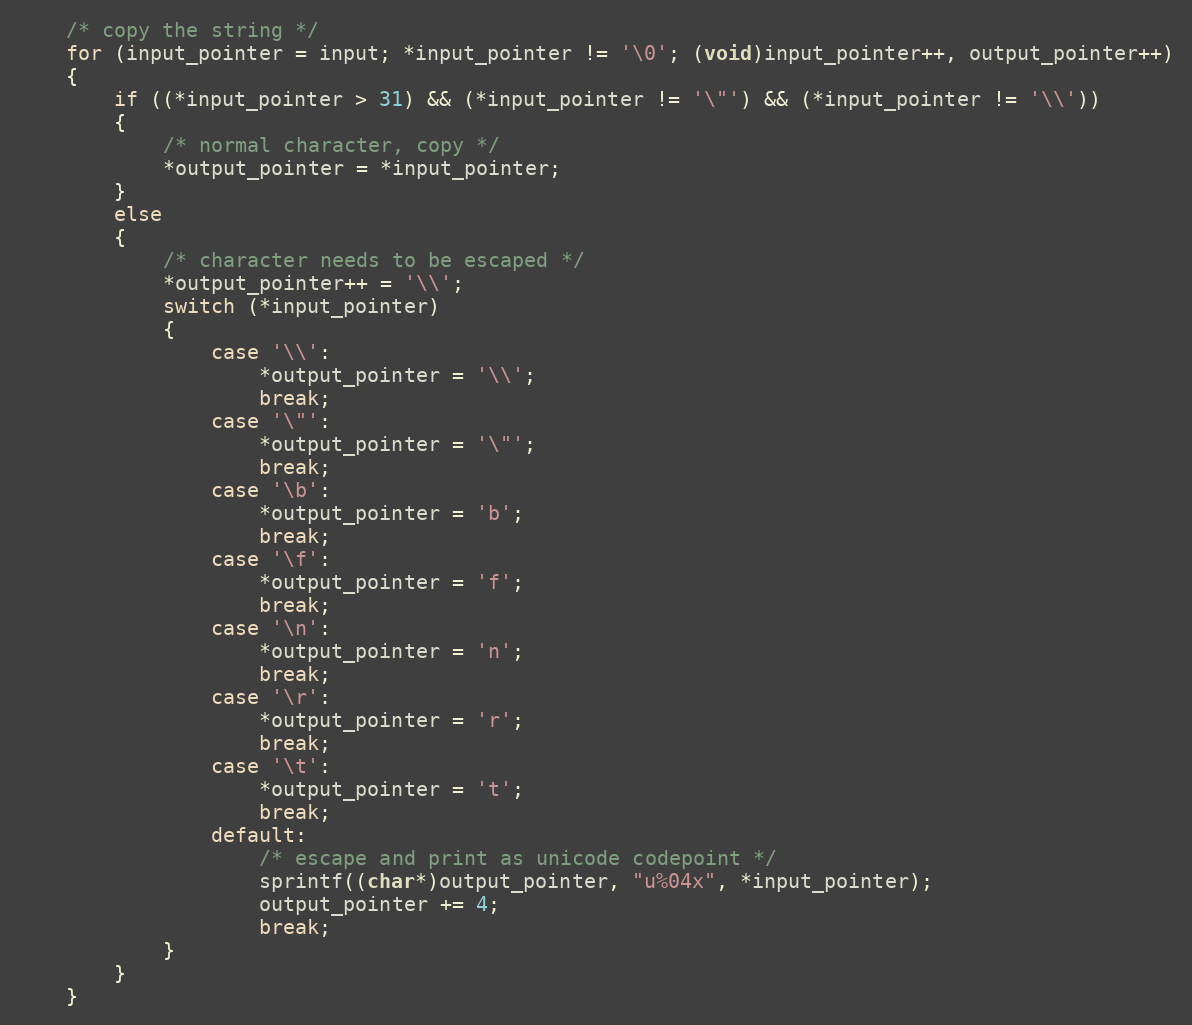
Language: C++
    /* copy the string */
    for (input_pointer = input; *input_pointer != '\0'; (void)input_pointer++, output_pointer++)
    {
        if ((*input_pointer > 31) && (*input_pointer != '\"') && (*input_pointer != '\\'))
        {
            /* normal character, copy */
            *output_pointer = *input_pointer;
        }
        else
        {
            /* character needs to be escaped */
            *output_pointer++ = '\\';
            switch (*input_pointer)
            {
                case '\\':
                    *output_pointer = '\\';
                    break;
                case '\"':
                    *output_pointer = '\"';
                    break;
                case '\b':
                    *output_pointer = 'b';
                    break;
                case '\f':
                    *output_pointer = 'f';
                    break;
                case '\n':
                    *output_pointer = 'n';
                    break;
                case '\r':
                    *output_pointer = 'r';
                    break;
                case '\t':
                    *output_pointer = 't';
                    break;
                default:
                    /* escape and print as unicode codepoint */
                    sprintf((char*)output_pointer, "u%04x", *input_pointer);
                    output_pointer += 4;
                    break;
            }
        }
    }